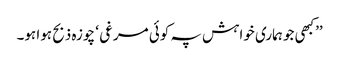
’’کبھی جو ہماری خواہش پہ کوئی مرغی ‘ چوزہ ذبح ہوا ہو۔